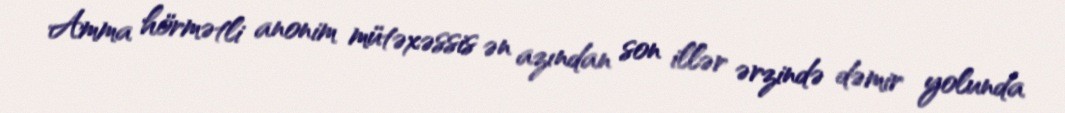
Amma hörmətli anonim mütəxəssis ən azından son illər ərzində dəmir yolunda